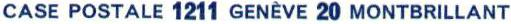
CASE POSTALE 1211 GENÈVE 20 MONTBRILLANT